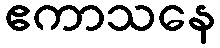
ဧကာသနေ